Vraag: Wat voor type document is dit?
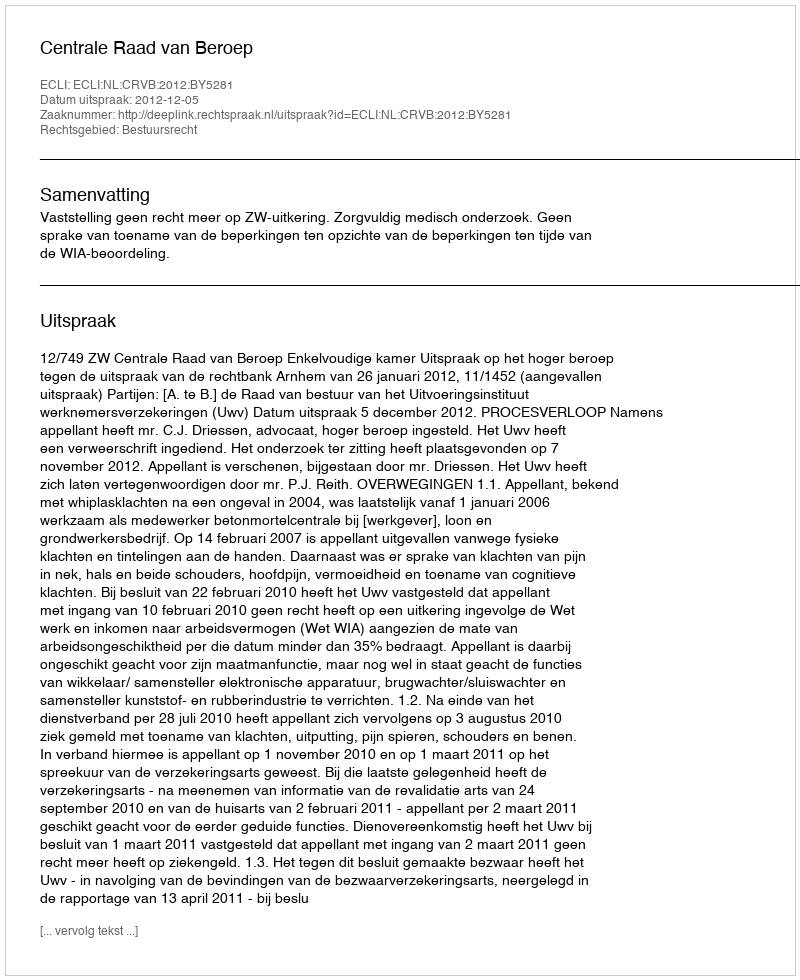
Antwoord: Uitspraak